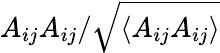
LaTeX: A_{ij}A_{ij}/\sqrt{\langle A_{ij}A_{ij}\rangle}